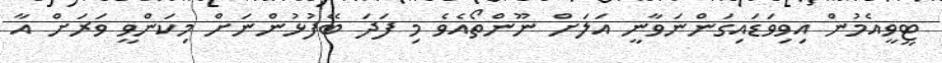
ޓީވީއެމުން އިވިވަޑައިގަންނަވާނީ އަލަށް ނޫންތޯއެވެ މި ފަދަ ބޭފުޅުންނަށް މިކަންވީ ވަރަށް އާ